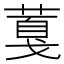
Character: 𦸘